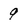
Character: 9